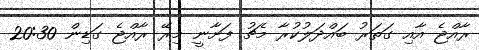
ރާއްޖެ އާއި ގަތަރު ބައްދަލުކުރާ މެޗު ފަށާނީ މިރޭ ރާއްޖެ ގަޑިން 20:30